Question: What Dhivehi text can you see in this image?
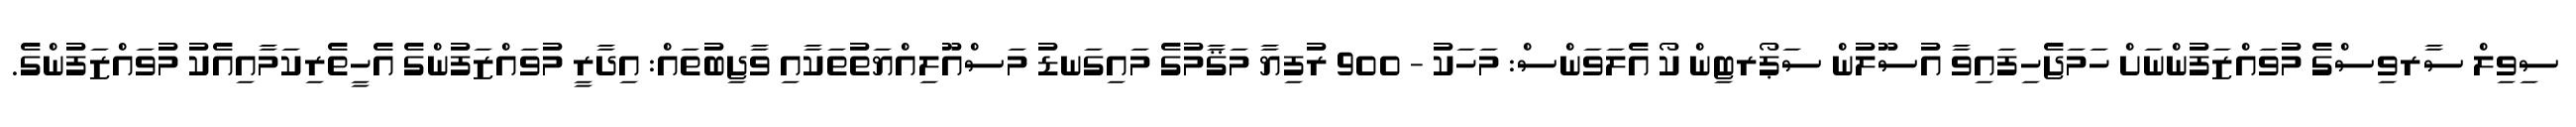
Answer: ސިވިލް ސާރވިސްގެ މުވައްޒަފުންނަށް ހަމަޖެހިފައިވާ އުސޫލުން ސަޕޯރޓިން ކޯ އެލަވަންސް: މަހަކު - 900 ރުފިޔާ މަޤާމުގެ މައިގަނޑު މަސްއޫލިއްޔަތުތަކާއި ވާޖިބުތައް: އިދާރީ މުވައްޒަފުންގެ އެހީތެރިކަމާއިއެކު މުވައްޒަފުންގެ.